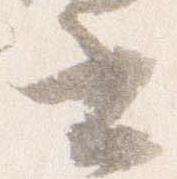
書